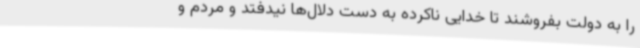
را به دولت بفروشند تا خدایی ناکرده به دست دلال‌ها نیدفتد و مردم و